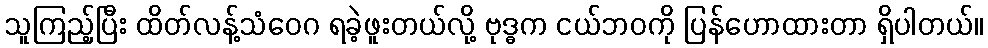
သူကြည့်ပြီး ထိတ်လန့်သံဝေဂ ရခဲ့ဖူးတယ်လို့ ဗုဒ္ဓက ငယ်ဘဝကို ပြန်ဟောထားတာ ရှိပါတယ်။